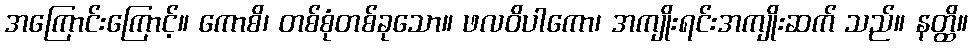
အကြောင်းကြောင့်။ ကောစိ၊ တစ်စုံတစ်ခုသော။ ဖလဝိပါကော၊ အကျိုးရင်းအကျိုးဆက် သည်။ နတ္ထိ။